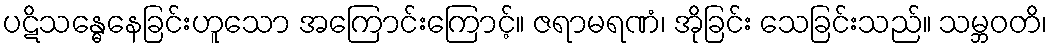
ပဋိသန္ဓေနေခြင်းဟူသော အကြောင်းကြောင့်။ ဇရာမရဏံ၊ အိုခြင်း သေခြင်းသည်။ သမ္ဘဝတိ၊